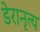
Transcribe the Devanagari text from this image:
डेरानृत्य